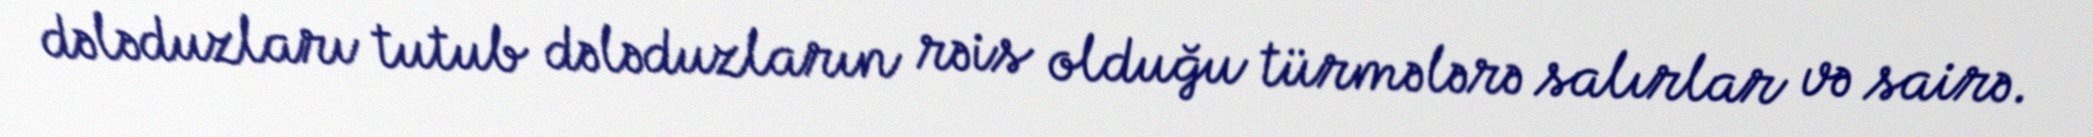
dələduzları tutub dələduzların rəis olduğu türmələrə salırlar və sairə.